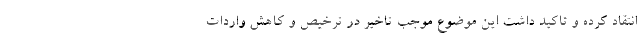
انتقاد کرده و تاکید داشت این موضوع موجب تاخیر در ترخیص و کاهش واردات